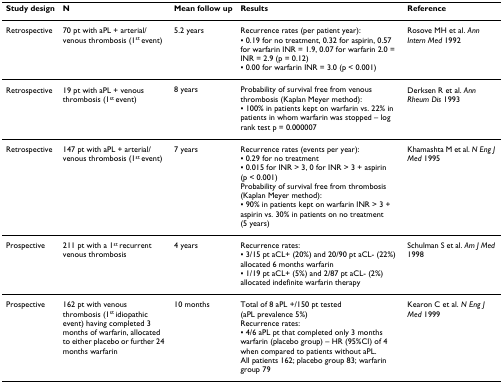
| Study design | N | Mean follow up | Results | Reference |
 | --- | --- | --- | --- | --- |
 | Retrospective | 70 pt with aPL + arterial/venous thrombosis (1st event) | 5.2 years | Recurrence rates (per patient year):▪ 0.19 for no treatment, 0.32 for aspirin, 0.57 for warfarin INR = 1.9, 0.07 for warfarin 2.0 = INR = 2.9 (p = 0.12)▪ 0.00 for warfarin INR = 3.0 (p < 0.001) | Rosove MH et al. Ann Intern Med 1992 |
 | Retrospective | 19 pt with aPL + venous thrombosis (1st event) | 8 years | Probability of survival free from venous thrombosis (Kaplan Meyer method):▪ 100% in patients kept on warfarin vs. 22% in patients in whom warfarin was stopped – log rank test p = 0.000007 | Derksen R et al. Ann Rheum Dis 1993 |
 | Retrospective | 147 pt with aPL + arterial/venous thrombosis (1st event) | 7 years | Recurrence rates (events per year):▪ 0.29 for no treatment▪ 0.015 for INR > 3, 0 for INR > 3 + aspirin (p < 0.001)Probability of survival free from thrombosis (Kaplan Meyer method):▪ 90% in patients kept on warfarin INR > 3 + aspirin vs. 30% in patients on no treatment (5 years) | Khamashta M et al. N Eng J Med 1995 |
 | Prospective | 211 pt with a 1st recurrent venous thrombosis | 4 years | Recurrence rates:▪ 3/15 pt aCL+ (20%) and 20/90 pt aCL- (22%) allocated 6 months warfarin▪ 1/19 pt aCL+ (5%) and 2/87 pt aCL- (2%) allocated indefinite warfarin therapy | Schulman S et al. Am J Med 1998 |
 | Prospective | 162 pt with venous thrombosis (1st idiopathic event) having completed 3 months of warfarin, allocated to either placebo or further 24 months warfarin | 10 months | Total of 8 aPL +/150 pt tested (aPL prevalence 5%)Recurrence rates:▪ 4/6 aPL pt that completed only 3 months warfarin (placebo group) – HR (95%CI) of 4 when compared to patients without aPL.All patients 162; placebo group 83; warfarin group 79 | Kearon C et al. N Eng J Med 1999 |